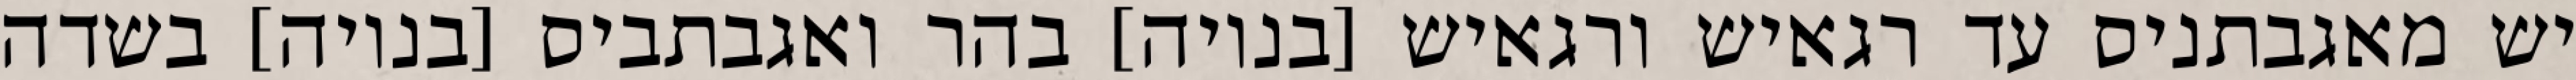
יש מאגבתניס עד רגאיש ורגאיש [בנויה] בהר ואגבתביס [בנויה] בשדה